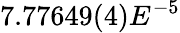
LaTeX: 7.77649(4)E^{-5}